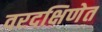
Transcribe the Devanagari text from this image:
वरदक्षिणेत